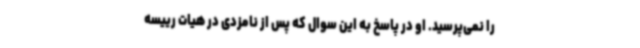
را نمی‌پرسید. او در پاسخ به این سوال که پس از نامزدی در هیات رییسه